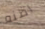
اظنه